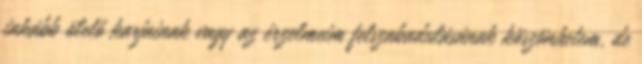
inkább ölelő karjainak vagy az érzelmeim felszabadulásának köszönhetem, de